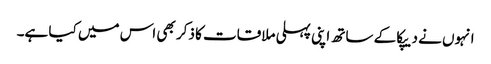
انہوں نے دیپکا کے ساتھ اپنی پہلی ملاقات کا ذکر بھی اس میں کیا ہے۔